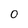
Character: 0